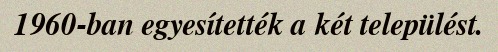
1960-ban egyesítették a két települést.